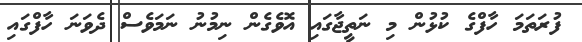
ފުރަތަމަ ހާފްގެ ކުޅުން މި ނަތީޖާގައި އޮވެގެން ނިމުނު ނަމަވެސް ދެވަނަ ހާފްގައި